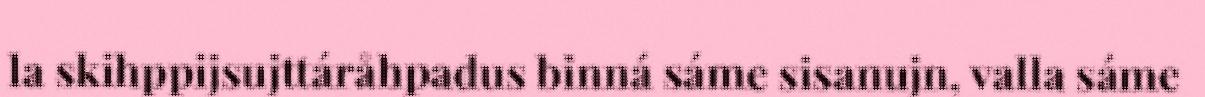
la skihppijsujttáråhpadus binná sáme sisanujn, valla sáme